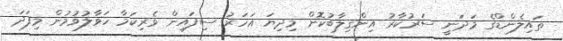
ތައިލެންޑްގެ މަދަނީ ސަރުކާރު އިންގިލާބުކޮށް މިދިޔަ އަހަރު ސިފައިން ވެރިކަމާ ހަވާލުވުމުން މިފަދަ